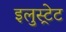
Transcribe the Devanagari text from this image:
इलुस्ट्रेट